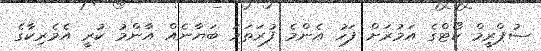
ސުޕްރީމް ކޯޓްގެ އަމުރަށް ފަހު އެންމެ ފުރަތަމަ ބަޔާނެއް އާންމު ކުރީ އެމެރިކާގެ